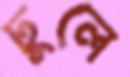
ঢুলে